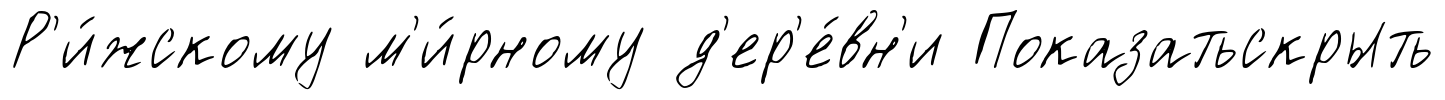
Р'и́жскому м'и́рному д'ер'е́вн'и Показатьскрыть